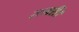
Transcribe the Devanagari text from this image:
सत्वरीं।